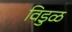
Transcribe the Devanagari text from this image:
विडुळ